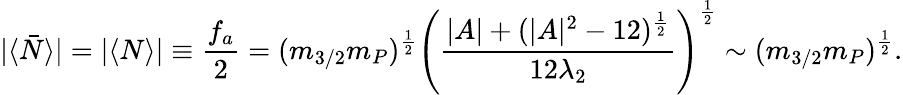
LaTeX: |\langle\bar{N}\rangle|=|\langle N\rangle|\equiv\frac{f_{a}}{2}=(m_{3/2}m_{P})^{\frac{1}{2}}\left(\frac{|A|+(|A|^{2}-12)^{\frac{1}{2}}}{12\lambda_{2}}\right)^{\frac{1}{2}}\sim(m_{3/2}m_{P})^{\frac{1}{2}}.